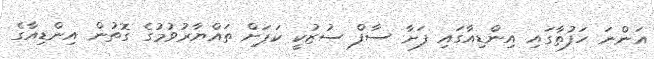
އަންނަަ ހަފުތާގައި އިންޑިއާގައި ފަށާ ސާފް ސުޒުކީ ކަޕަށް ތައްޔާރުވުމުގެ ގޮތުން އިންޑިއާގެ